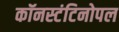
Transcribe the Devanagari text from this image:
कॉनस्टंटिनोपल